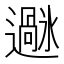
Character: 𫑌